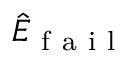
\hat { E } _ { \mathrm { ~ f ~ a ~ i ~ l ~ } }